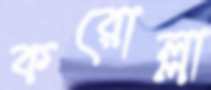
করোল্লা